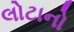
લોટાનો